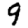
Digit: 9